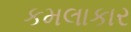
કમલાકાર